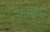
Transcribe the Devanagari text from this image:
पुग्लाईन्ग